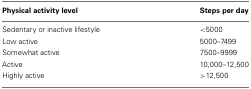
<table><thead><tr><td><b>Physical activity level</b></td><td><b>Steps per day</b></td></tr></thead><tbody><tr><td>Sedentary or inactive lifestyle</td><td>&lt;5000</td></tr><tr><td>Low active</td><td>5000–7499</td></tr><tr><td>Somewhat active</td><td>7500–9999</td></tr><tr><td>Active</td><td>10,000–12,500</td></tr><tr><td>Highly active</td><td>&gt;12,500</td></tr></tbody></table>